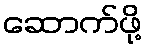
ဆောက်ဖို့